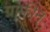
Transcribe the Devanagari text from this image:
ग्राफीन्